system: You are a helpful assistant.
user:
Analyze the provided spectrum to determine if it is a **M-type Giant (gM)**.

A M-type Giant spectrum is defined by its **strong molecular absorption** features, particularly from **Titanium Oxide (TiO)**. You must check for one of the following mutually exclusive signatures:

- **Key Visual Indicators (Absorption-Dominated Spectrum):**

    - **(Primary):** The spectrum is dominated by strong molecular absorption from **Titanium Oxide (TiO)**. This is the **defining feature** of its M-type temperature class.
        - **(Key Bandheads):** Look for sharp, "saw-tooth" absorption valleys. The strongest are located near **~7050 Å**, **~6160 Å**, and **~5170 Å**.
        - **(Line Profile):** The "saw-tooth" morphology is critical: a **sharp, steep drop on the BLUE (short-wavelength) side** of the bandhead, followed by a gradual recovery (rising flux) towards the RED (long-wavelength) side.

    - **(Key Confirmation - Giant vs. Dwarf):** **ABSENCE** of strong **Calcium Hydride (CaH)** molecular bands. This is the primary diagnostic for *excluding* M-dwarfs.
        - **(Key Region):** The spectrum should lack the strong, broad absorption band seen in dwarfs between **~6800 Å and ~7000 Å**.

    - **(Secondary Confirmation - Giant):** A very strong and broad **Neutral Calcium (Ca I)** atomic absorption line.
        - **(Key Line):** Located at **~4226 Å**. In a giant (gM), this line is significantly deeper and broader than the same line in an M-dwarf (dM) due to low surface gravity.

    - **(Overall Spectrum):**
        - The continuum is **extremely red-sloping** (i.e., flux is very low in the blue and rises dramatically towards the red).
        - The entire spectrum appears "chopped up" by the deep TiO bands.

Think first, call **spectral_visualization_tool** if needed to examine features in detail, then provide your final answer. Your response must adhere to the following strict rules:
1.  **Overall Structure:** Your response must follow the format `<think>...</think> <tool_call>...</tool_call> (if a tool is used) <answer>...</answer>`.
2.  **Tool Usage Constraint:** You may only make **one** tool call per turn.
3.  **Final Answer Format:** In the `<answer>` tag, your conclusion must be inside a `\boxed{}` command (e.g., `\boxed{YES}` or `\boxed{NO}`), followed by your justification.

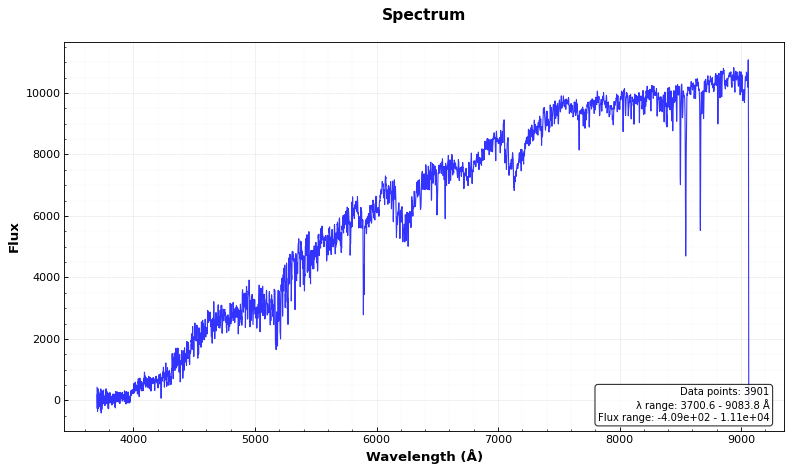
Answer: NO